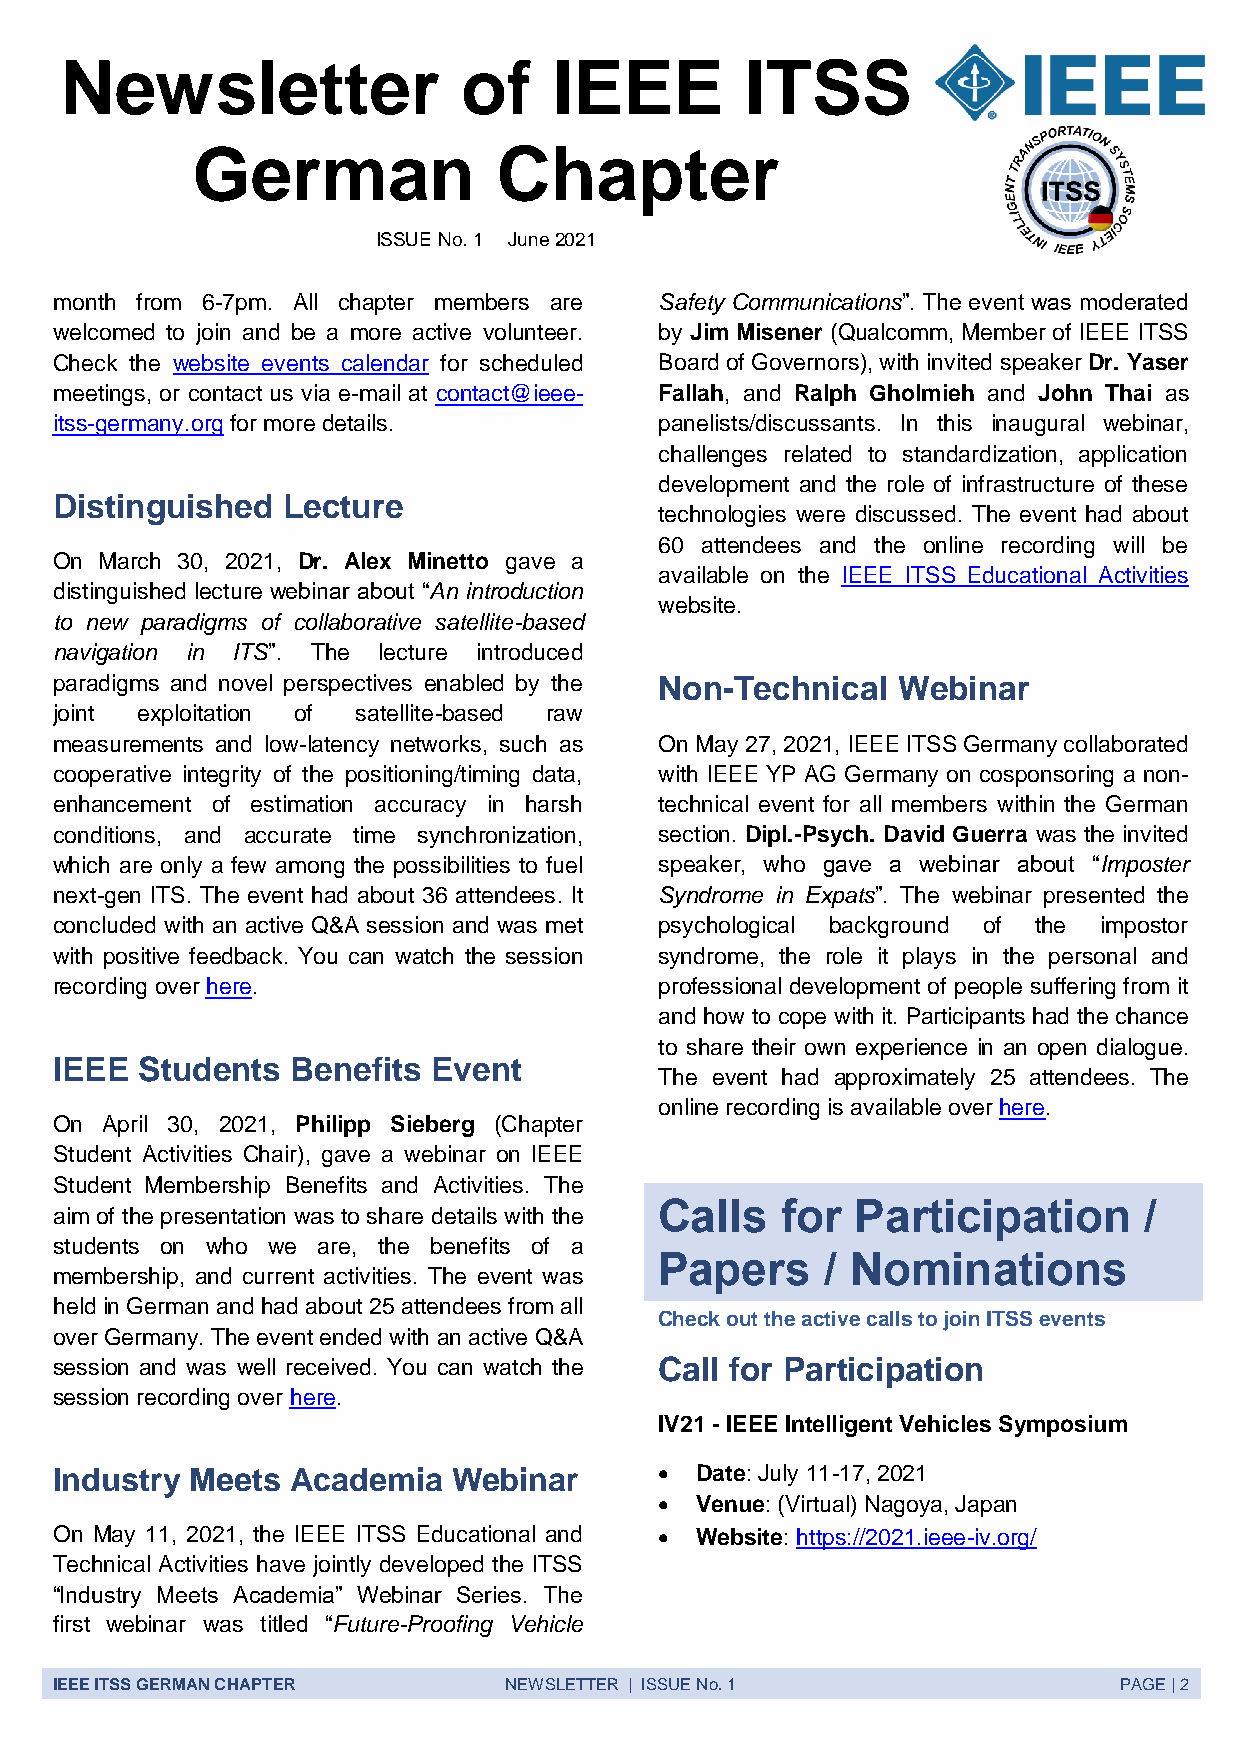
Newsletter                 of    IEEE        ITSS
 German              Chapter
 ISSUE No. 1 June 2021
 month from 6-7pm. All chapter members are Safety Communications”. The event was moderated
 welcomed to join and be a more active volunteer. by Jim Misener (Qualcomm, Member of IEEE ITSS
 Check the website events calendar for scheduled Board of Governors), with invited speaker Dr. Yaser
 meetings, or contact us via e-mail at contact@ieee- Fallah, and Ralph Gholmieh and John Thai as
 itss-germany.org for more details.       panelists/discussants. In this inaugural webinar,
 challenges related to standardization, application
 development and the role of infrastructure of these
 Distinguished   Lecture
 technologies were discussed. The event had about
 60 attendees and the online recording will be
 On  March 30, 2021, Dr. Alex Minetto gave a
 available on the IEEE ITSS Educational Activities
 distinguished lecture webinar about “An introduction
 website.
 to new paradigms of collaborative satellite-based
 navigation in ITS”. The lecture introduced
 paradigms and novel perspectives enabled by the Non-Technical Webinar
 joint exploitation of satellite-based raw
 measurements and low-latency networks, such as On May 27, 2021, IEEE ITSS Germany collaborated
 cooperative integrity of the positioning/timing data, with IEEE YP AG Germany on cosponsoring a non-
 enhancement of estimation accuracy in harsh technical event for all members within the German
 conditions, and accurate time synchronization, section. Dipl.-Psych. David Guerra was the invited
 which are only a few among the possibilities to fuel speaker, who gave a webinar about “Imposter
 next-gen ITS. The event had about 36 attendees. It Syndrome in Expats”. The webinar presented the
 concluded with an active Q&A session and was met psychological background of the impostor
 with positive feedback. You can watch the session syndrome, the role it plays in the personal and
 recording over here.                     professional development of people suffering from it
 and how to cope with it. Participants had the chance
 to share their own experience in an open dialogue.
 IEEE  Students  Benefits  Event
 The event had approximately 25 attendees. The
 online recording is available over here.
 On  April 30, 2021, Philipp Sieberg (Chapter
 Student Activities Chair), gave a webinar on IEEE
 Student Membership Benefits and Activities. The
 Calls   for  Participation      /
 aim of the presentation was to share details with the
 students on who we are, the benefits of a
 Papers     / Nominations
 membership, and current activities. The event was
 held in German and had about 25 attendees from all
 Check out the active calls to join ITSS events
 over Germany. The event ended with an active Q&A
 session and was well received. You can watch the Call for Participation
 session recording over here.
 IV21 - IEEE Intelligent Vehicles Symposium
 Industry Meets  Academia   Webinar        Date: July 11-17, 2021
  Venue: (Virtual) Nagoya, Japan
 On May 11, 2021, the IEEE ITSS Educational and  Website: https://2021.ieee-iv.org/
 Technical Activities have jointly developed the ITSS
 “Industry Meets Academia” Webinar Series. The
 first webinar was titled “Future-Proofing Vehicle
 IEEE ITSS GERMAN CHAPTER      NEWSLETTER | ISSUE No. 1                 PAGE | 2